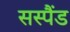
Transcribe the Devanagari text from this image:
सस्पैंड